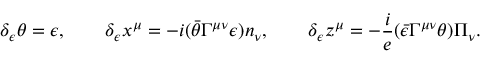
\delta _ { \epsilon } \theta = \epsilon , \qquad \delta _ { \epsilon } x ^ { \mu } = - i ( \bar { \theta } \Gamma ^ { \mu \nu } \epsilon ) n _ { \nu } , \qquad \delta _ { \epsilon } z ^ { \mu } = - \frac { i } { e } ( \bar { \epsilon } \Gamma ^ { \mu \nu } \theta ) \Pi _ { \nu } .